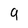
Character: 9